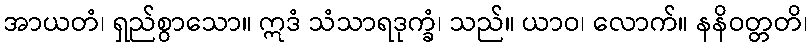
အာယတံ၊ ရှည်စွာသော။ ဣဒံ သံသာရဒုက္ခံ၊ သည်။ ယာဝ၊ လောက်။ နနိဝတ္တတိ၊